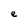
Character: e